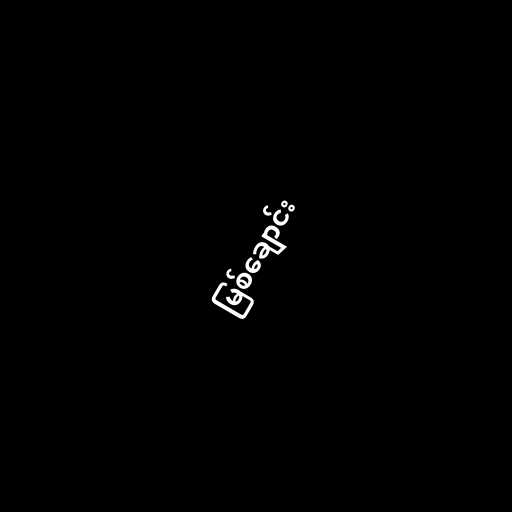
မြစ်ချောင်း